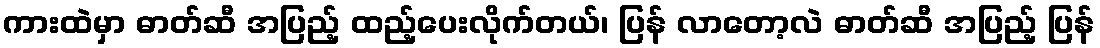
ကားထဲမှာ ဓာတ်ဆီ အပြည့် ထည့်ပေးလိုက်တယ်၊ ပြန် လာတော့လဲ ဓာတ်ဆီ အပြည့် ပြန်